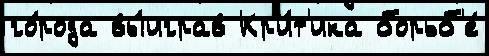
го́рода вы́играв Кр'и́т'ика борьб'е́